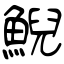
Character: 鯢